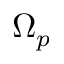
\Omega _ { p }